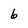
Character: 6